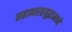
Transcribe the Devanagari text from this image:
महाभारतयुद्धामध्ये